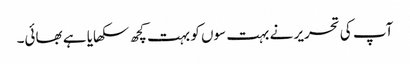
آپ کی تحریر نے بہت سوں کو بہت کچھ سکھایا ہے بھائی۔